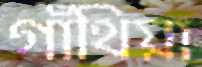
গাঁথিয়া